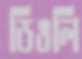
ডিঙলি